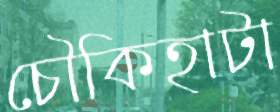
চৌকিহাটা